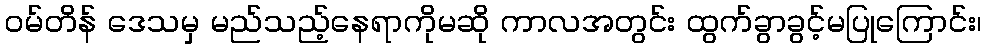
ဝမ်တိန် ဒေသမှ မည်သည့်နေရာကိုမဆို ကာလအတွင်း ထွက်ခွာခွင့်မပြုကြောင်း၊